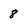
Character: 8